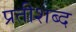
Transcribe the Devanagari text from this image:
प्रतीशब्द